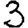
Digit: 3